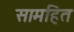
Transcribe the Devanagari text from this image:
सामहित